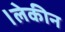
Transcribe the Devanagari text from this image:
।लेकीन